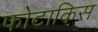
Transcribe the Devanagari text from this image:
फोटाकिस